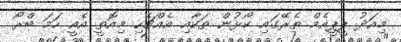
މިއަދު ޕީޕީއެމް ތެރޭގައި ކޯޅުން ތަކާއި އެއްޗެހި މިއޮތީ އެއީ ހަމަ ބްރޯ